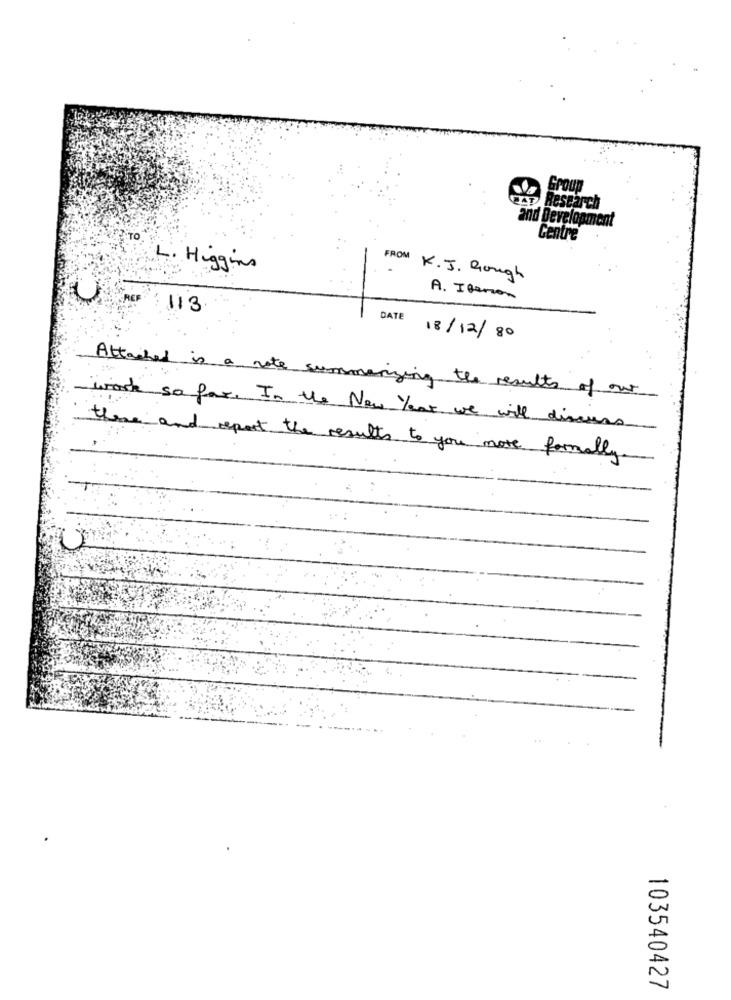
Group
Research
and Development
Centre
L. Higgins
FROM K.J. Rough
ACP
A. Ilenon
113
DATE
18/12/80
Attached is a note summarizing the results of our
work so far. In the New Year we will discuss
there and report the results to you more formally
103540427